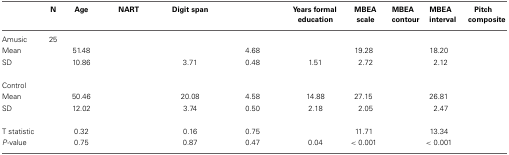
<table><thead><tr><td>[EMPTY_CELL]</td><td><b>N</b></td><td><b>Age</b></td><td><b>NART</b></td><td><b>Digit span</b></td><td>[EMPTY_CELL]</td><td><b>Years formal education</b></td><td><b>MBEA scale</b></td><td><b>MBEA contour</b></td><td><b>MBEA interval</b></td><td><b>Pitch composite</b></td></tr></thead><tbody><tr><td>Amusic</td><td>25</td><td>[EMPTY_CELL]</td><td>[EMPTY_CELL]</td><td>[EMPTY_CELL]</td><td>[EMPTY_CELL]</td><td>[EMPTY_CELL]</td><td>[EMPTY_CELL]</td><td>[EMPTY_CELL]</td><td>[EMPTY_CELL]</td><td>[EMPTY_CELL]</td></tr><tr><td>Mean</td><td>[EMPTY_CELL]</td><td>51.48</td><td>[EMPTY_CELL]</td><td>[EMPTY_CELL]</td><td>4.68</td><td>[EMPTY_CELL]</td><td>19.28</td><td>[EMPTY_CELL]</td><td>18.20</td><td>[EMPTY_CELL]</td></tr><tr><td>SD</td><td>[EMPTY_CELL]</td><td>10.86</td><td>[EMPTY_CELL]</td><td>3.71</td><td>0.48</td><td>1.51</td><td>2.72</td><td>[EMPTY_CELL]</td><td>2.12</td><td>[EMPTY_CELL]</td></tr><tr><td>Control</td><td>[EMPTY_CELL]</td><td>[EMPTY_CELL]</td><td>[EMPTY_CELL]</td><td>[EMPTY_CELL]</td><td>[EMPTY_CELL]</td><td>[EMPTY_CELL]</td><td>[EMPTY_CELL]</td><td>[EMPTY_CELL]</td><td>[EMPTY_CELL]</td><td>[EMPTY_CELL]</td></tr><tr><td>Mean</td><td>[EMPTY_CELL]</td><td>50.46</td><td>[EMPTY_CELL]</td><td>20.08</td><td>4.58</td><td>14.88</td><td>27.15</td><td>[EMPTY_CELL]</td><td>26.81</td><td>[EMPTY_CELL]</td></tr><tr><td>SD</td><td>[EMPTY_CELL]</td><td>12.02</td><td>[EMPTY_CELL]</td><td>3.74</td><td>0.50</td><td>2.18</td><td>2.05</td><td>[EMPTY_CELL]</td><td>2.47</td><td>[EMPTY_CELL]</td></tr><tr><td>T statistic</td><td>[EMPTY_CELL]</td><td>0.32</td><td>[EMPTY_CELL]</td><td>0.16</td><td>0.75</td><td>[EMPTY_CELL]</td><td>11.71</td><td>[EMPTY_CELL]</td><td>13.34</td><td>[EMPTY_CELL]</td></tr><tr><td><i>P</i>-value</td><td>[EMPTY_CELL]</td><td>0.75</td><td>[EMPTY_CELL]</td><td>0.87</td><td>0.47</td><td>0.04</td><td>&lt;0.001</td><td>[EMPTY_CELL]</td><td>&lt;0.001</td><td>[EMPTY_CELL]</td></tr></tbody></table>